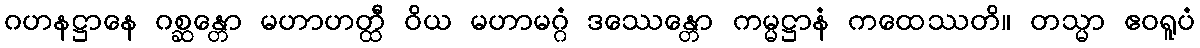
ဂဟနဋ္ဌာနေ ဂစ္ဆန္တော မဟာဟတ္ထီ ဝိယ မဟာမဂ္ဂံ ဒဿေန္တော ကမ္မဋ္ဌာနံ ကထေဿတိ။ တသ္မာ ဧဝရူပံ